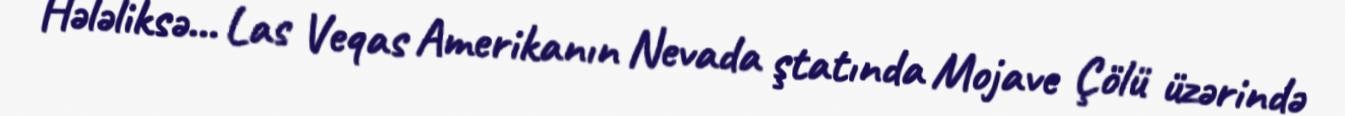
Hələliksə... Las Veqas Amerikanın Nevada ştatında Mojave Çölü üzərində